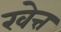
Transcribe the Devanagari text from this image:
खेत्त